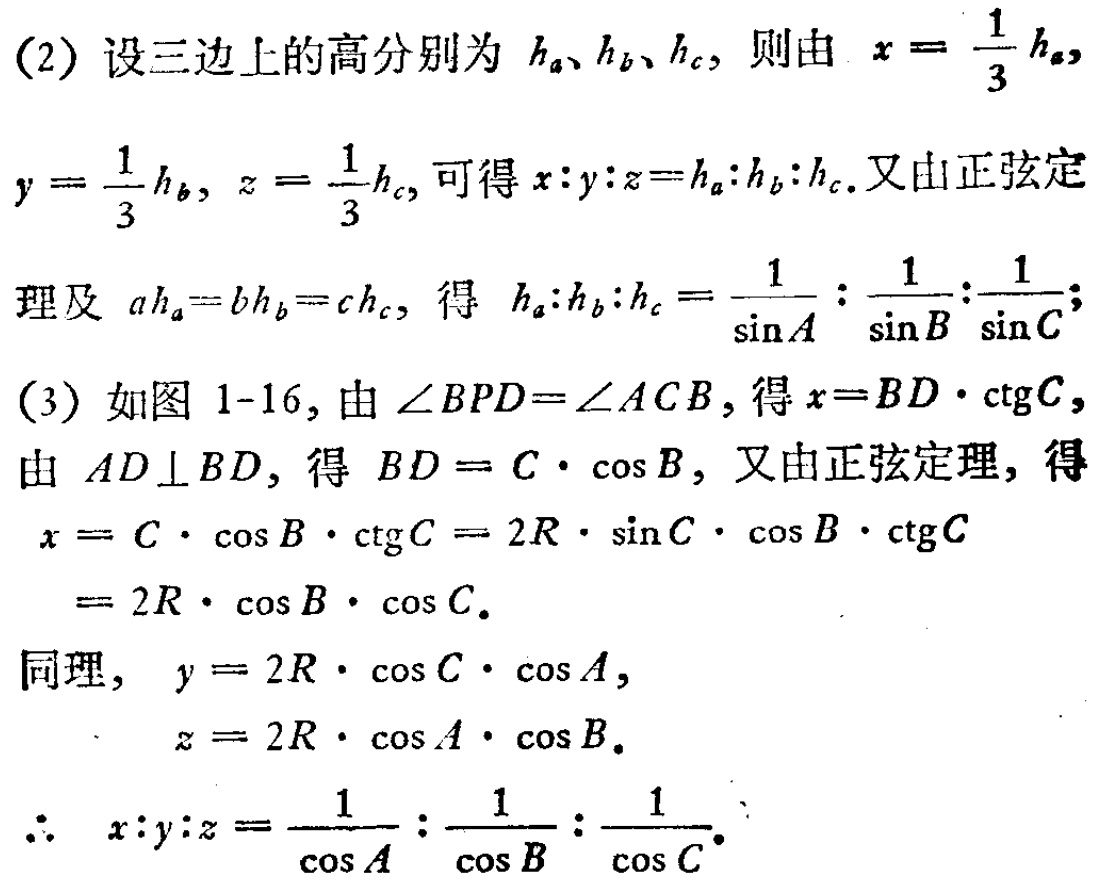
(2) 设三边上的高分别为 \(h_a\)、\(h_b\)、\(h_c\)，则由 \(x = \frac{1}{3}h_a\)，

\(y = \frac{1}{3}h_b\)，\(z = \frac{1}{3}h_c\)，可得 \(x:y:z = h_a:h_b:h_c\)。又由正弦定

理及 \(ah_a = bh_b = ch_c\)，得 \(h_a:h_b:h_c=\frac{1}{\sin A}:\frac{1}{\sin B}:\frac{1}{\sin C}\)；

(3) 如图 1-16，由 \(\angle BPD=\angle ACB\)，得 \(x = BD\cdot\mathrm{ctg}C\)，

由 \(AD\perp BD\)，得 \(BD = c\cdot\cos B\)，又由正弦定理，得

\(x = c\cdot\cos B\cdot\mathrm{ctg}C = 2R\cdot\sin C\cdot\cos B\cdot\mathrm{ctg}C\)

\(= 2R\cdot\cos B\cdot\cos C\)。

同理， \(y = 2R\cdot\cos C\cdot\cos A\)，

\(z = 2R\cdot\cos A\cdot\cos B\)。

\(\therefore x:y:z=\frac{1}{\cos A}:\frac{1}{\cos B}:\frac{1}{\cos C}\)。